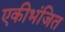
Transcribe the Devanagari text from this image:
एकीभंजित